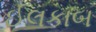
ઈલકાબ